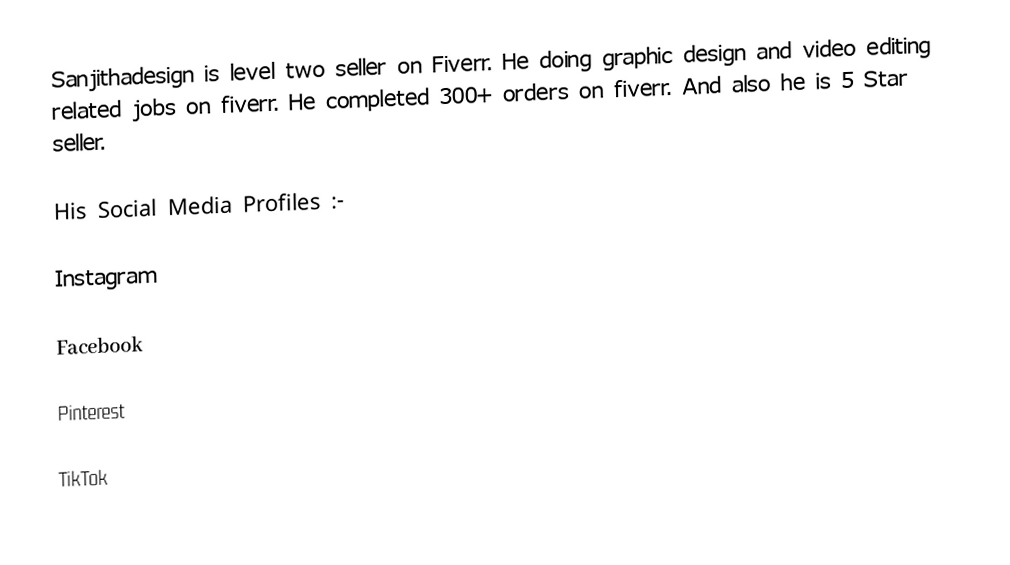
Sanjithadesign is level two seller on Fiverr. He doing graphic design and video editing related jobs on fiverr. He completed 300+ orders on fiverr. And also he is 5 Star seller.

His Social Media Profiles :-

Instagram

Facebook

Pinterest

TikTok